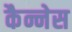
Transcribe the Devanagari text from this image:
कैन्नेस